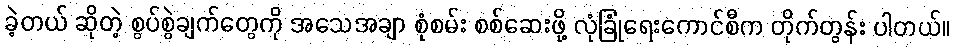
ခဲ့တယ် ဆိုတဲ့ စွပ်စွဲချက်တွေကို အသေအချာ စုံစမ်း စစ်ဆေးဖို့ လုံခြုံရေးကောင်စီက တိုက်တွန်း ပါတယ်။